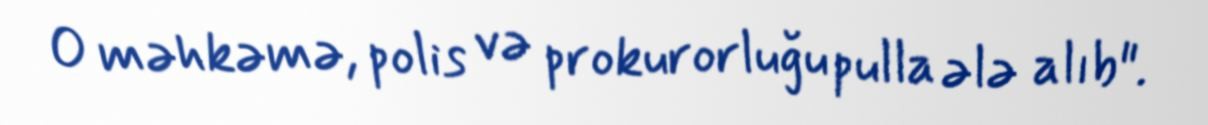
O məhkəmə, polis və prokurorluğu pulla ələ alıb".